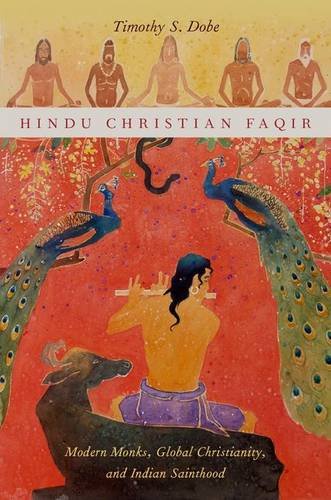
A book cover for Hindu Christian Faqir: Modern Monks, Global Christianity, and Indian Sainthood (AAR Religion, Culture, and History); Timothy S. Dobe; Religion & Spirituality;